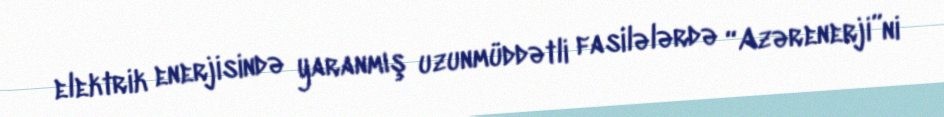
elektrik enerjisində yaranmış uzunmüddətli fasilələrdə “Azərenerji”ni